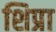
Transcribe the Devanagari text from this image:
शिप्रा